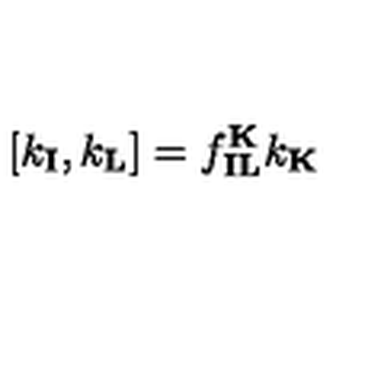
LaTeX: [ k _ { \mathbf { I } } , k _ { \mathbf { L } } ] = f _ { \mathbf { I } \mathbf { L } } ^ { \mathbf { K } } k _ { \mathbf { K } }